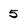
Character: 5